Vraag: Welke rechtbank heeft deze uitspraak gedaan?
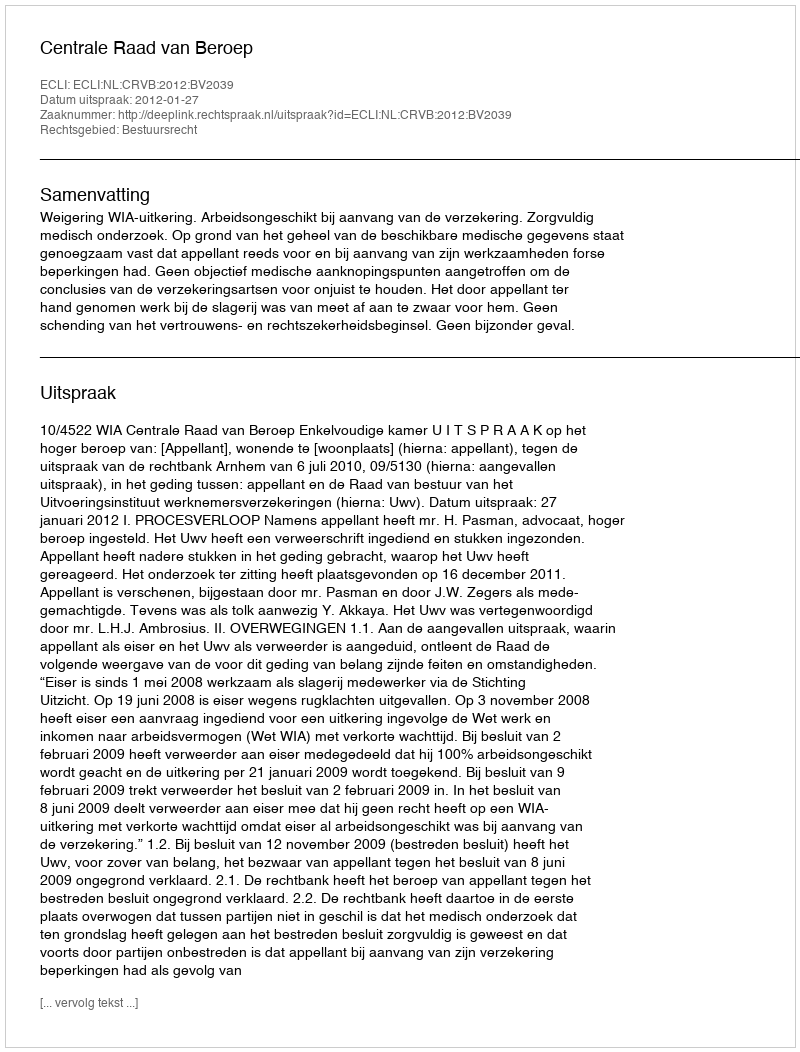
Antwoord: Centrale Raad van Beroep